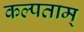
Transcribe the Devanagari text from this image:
कल्पताम्